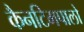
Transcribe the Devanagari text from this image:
कैनटिमपालो